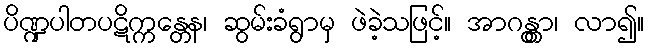
ပိဏ္ဍပါတပဋိက္ကန္တေန၊ ဆွမ်းခံရွာမှ ဖဲခဲ့သဖြင့်။ အာဂန္တွာ၊ လာ၍။